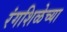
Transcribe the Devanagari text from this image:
रंगशिळेच्या